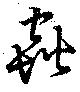
虫